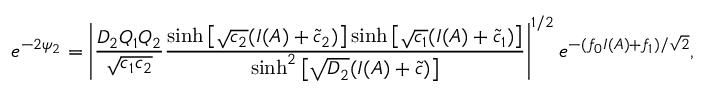
e ^ { - 2 \psi _ { 2 } } = \left| \frac { D _ { 2 } Q _ { 1 } Q _ { 2 } } { \sqrt { c _ { 1 } c _ { 2 } } } \frac { \sinh \left[ \sqrt { c _ { 2 } } ( I ( A ) + \tilde { c } _ { 2 } ) \right] \sinh \left[ \sqrt { c _ { 1 } } ( I ( A ) + \tilde { c } _ { 1 } ) \right] } { \sinh ^ { 2 } \left[ \sqrt { D _ { 2 } } ( I ( A ) + \tilde { c } ) \right] } \right| ^ { 1 / 2 } e ^ { - ( f _ { 0 } I ( A ) + f _ { 1 } ) / \sqrt { 2 } } ,